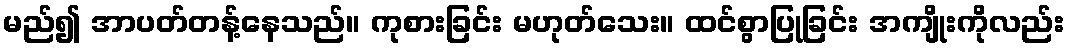
မည်၍ အာပတ်တန့်နေသည်။ ကုစားခြင်း မဟုတ်သေး။ ထင်စွာပြုခြင်း အကျိုးကိုလည်း